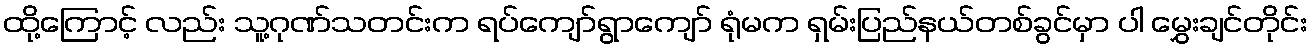
ထို့ကြောင့် လည်း သူ့ဂုဏ်သတင်းက ရပ်ကျော်ရွာကျော် ရုံမက ရှမ်းပြည်နယ်တစ်ခွင်မှာ ပါ မွှေးချင်တိုင်း